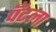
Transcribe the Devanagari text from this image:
पँटला